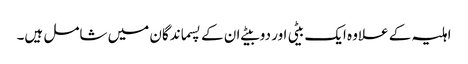
اہلیہ کے علاوہ ایک بیٹی اور دو بیٹے ان کے پسماندگان میں شامل ہیں۔